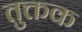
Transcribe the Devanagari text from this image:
तुक्तक